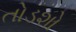
તોડશો